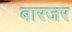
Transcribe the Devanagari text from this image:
बारजर